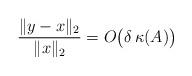
LaTeX: \begin{align*}\frac{\lVert y-x\rVert_2}{\lVert x\rVert_2}=O\big(\delta\,\kappa(A)\big)\end{align*}